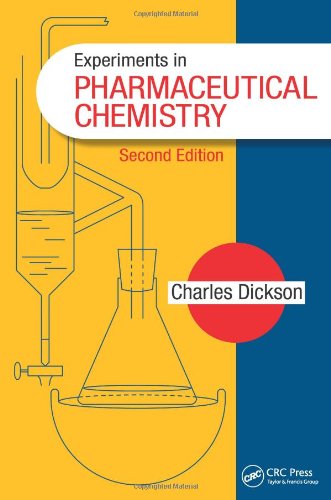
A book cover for Experiments in Pharmaceutical Chemistry, Second Edition; Charles Dickson; Medical Books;